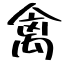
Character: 禽